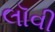
લૉવી